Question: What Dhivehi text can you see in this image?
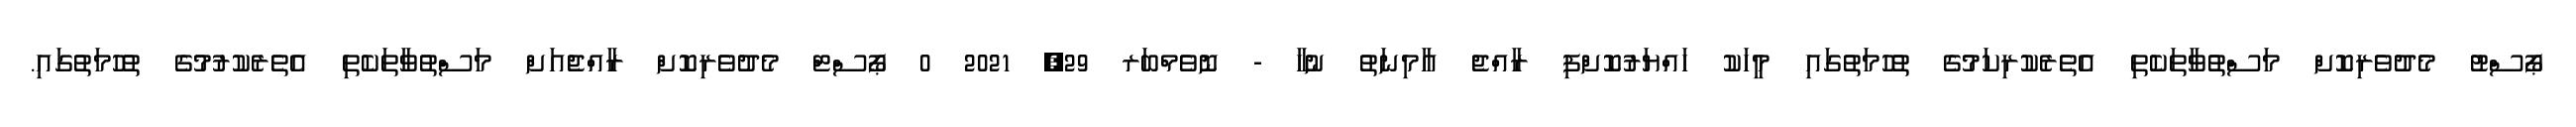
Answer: ޕޯސްޓު މެދުވެރިކޮށް މަސްތުވާތަކެތި އެތެރެކުރިކަމުގެ ތުހުމަތުގައި މީހަކު ހައްޔަރުކޮށްފި ރާއްޖެ އާމިނަތު ނުހާ - ނޮވެމްބަރ 29, 2021 0 ޕޯސްޓް މެދުވެރިކޮށް ރާއްޖެއަށް މަސްތުވާތަކެތި އެތެރެކުރުމުގެ ތުހުމަތުގައި.